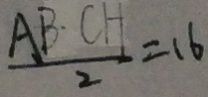
\frac { A B \cdot C H } { 2 } = 1 6